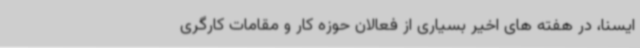
ایسنا، در هفته های اخیر بسیاری از فعالان حوزه کار و مقامات کارگری